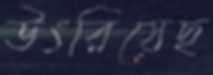
উৎরিয়েছ